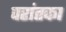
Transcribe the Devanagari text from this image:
परांतका